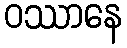
ဝဿာနေ